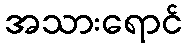
အသားရောင်